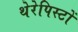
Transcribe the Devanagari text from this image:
थेरेपिस्टों